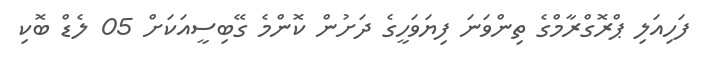
ފަހިއަލި ޕްރޮގްރާމްގެ ތިންވަނަ ފިޔަވަހީގެ ދަށުން ކޮންމެ ގޭބިސީއަކަށް 05 ލެޑް ބޮކި